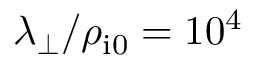
\lambda _ { \perp } / \rho _ { \mathrm { i 0 } } = 1 0 ^ { 4 }